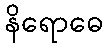
နိရောဓေ